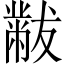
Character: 黻